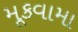
મૂકવામા